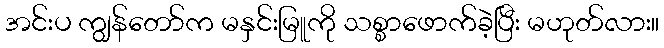
အင်းပ ကျွန်တော်က မနှင်းမြူကို သစ္စာဖောက်ခဲ့ပြီး မဟုတ်လား။